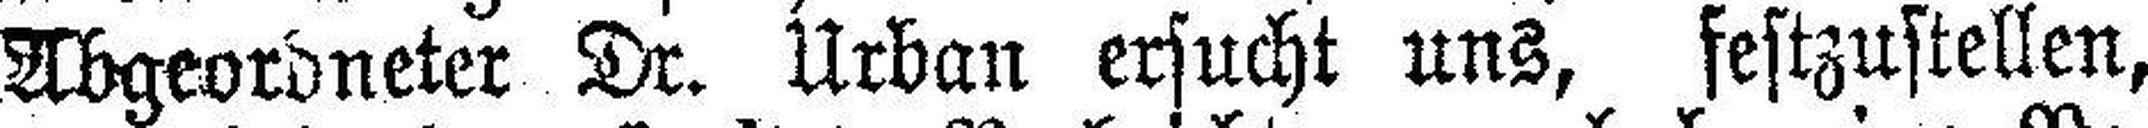
Abgeordneter Dr. Urban ersucht uns, festzustellen,